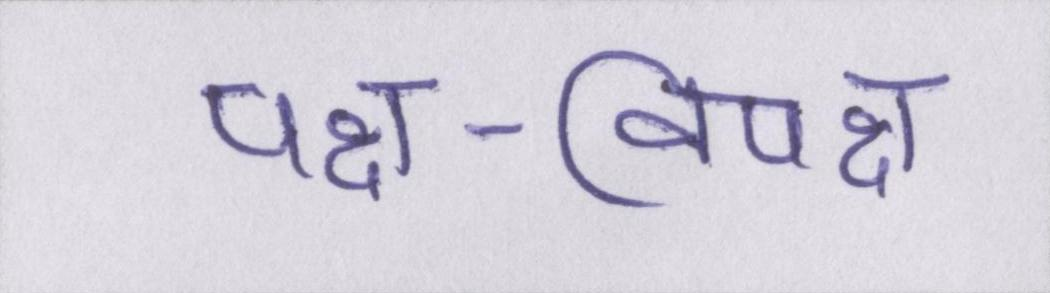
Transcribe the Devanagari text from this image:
पक्ष-विपक्ष